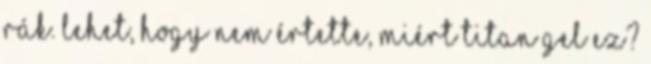
rák. Lehet, hogy nem értette, miért Titan Gel ez?